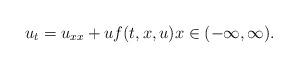
LaTeX: \begin{align*}u_t=u_{xx}+uf(t,x,u) x\in(-\infty,\infty).\end{align*}